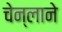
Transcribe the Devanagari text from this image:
चेन्लाने